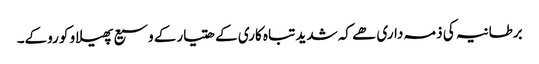
برطانیہ کی ذمہ داری ھے کہ شدید تباہ کاری کے ھتیارکے وسیع پھیلاو کو روکے۔